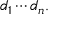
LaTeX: d _ { 1 } \cdots d _ { n } .